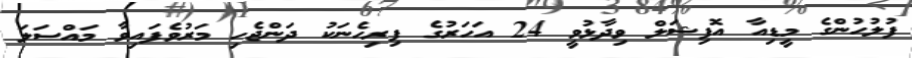
ފުލުހުންގެ މީޑިއާ އޮފިޝަލް ވިދާޅުވީ 24 އަހަރުގެ ފިރިހެނަކު ދަންޖެހި މަރުވެފައިވާ މައްސަލަ